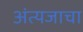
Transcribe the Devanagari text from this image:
अंत्यजाचा